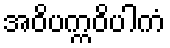
အဝိပက္ကဝိပါကံ